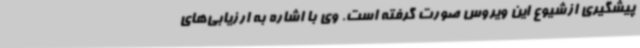
پیشگیری ازشیوع این ویروس صورت گرفته ‌است. وی با اشاره به ارزیابی‌های